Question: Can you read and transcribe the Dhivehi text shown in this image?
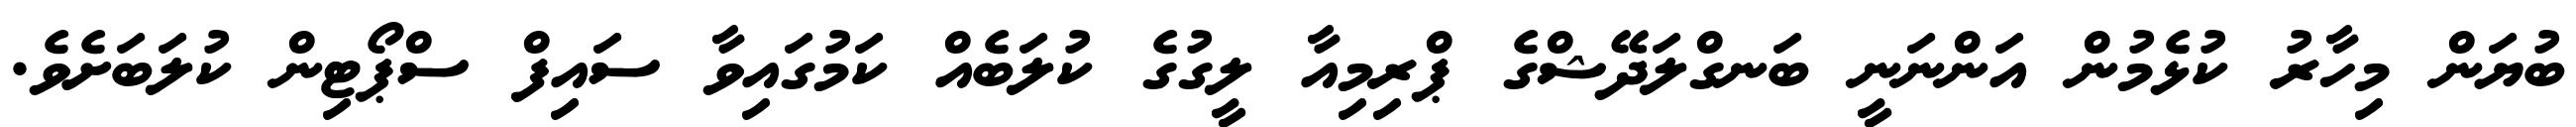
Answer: ބުޔަން މިހާރު ކުޅެމުން އަންނަނީ ބަނގްލަދޭޝްގެ ޕްރިމިއާ ލީގުގެ ކުލަބެއް ކަމުގައިވާ ސައިފް ސްޕޯޓިން ކުލަބަށެވެ.